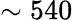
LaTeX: \sim 540